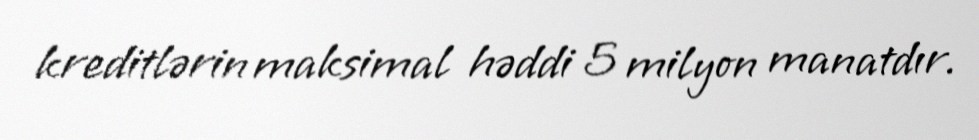
kreditlərin maksimal həddi 5 milyon manatdır.